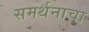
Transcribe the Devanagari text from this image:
समर्थनाचा